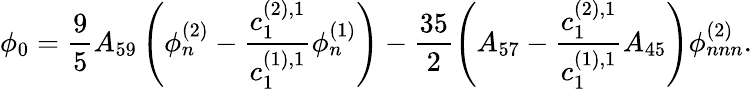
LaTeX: \phi_{0}=\frac{9}{5}A_{59}\left(\phi_{n}^{(2)}-\frac{c_{1}^{(2),1}}{c_{1}^{(1),1}}\phi_{n}^{(1)}\right)-\frac{35}{2}\left(A_{57}-\frac{c_{1}^{(2),1}}{c_{1}^{(1),1}}A_{45}\right)\phi_{nnn}^{(2)}.